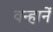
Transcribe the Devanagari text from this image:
वन्हानें